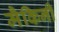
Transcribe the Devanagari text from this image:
मैकिनी